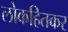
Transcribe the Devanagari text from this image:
लोकहितकर